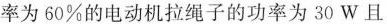
率为60%的电动机拉绳子的功率为30W且